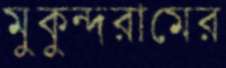
মুকুন্দরামের